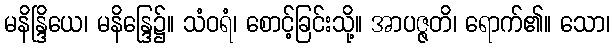
မနိန္ဒြိယေ၊ မနိန္ဒြေ၌။ သံဝရံ၊ စောင့်ခြင်းသို့။ အာပဇ္ဇတိ၊ ရောက်၏။ သော၊